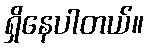
ရှိနေပါတယ်။